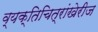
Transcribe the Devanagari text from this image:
व्यक्तिचित्रांखेरीज